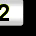
Digit: 2